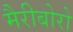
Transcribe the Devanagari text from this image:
मैरीबोरो